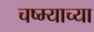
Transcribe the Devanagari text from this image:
चष्म्याच्या